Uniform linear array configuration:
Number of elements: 32
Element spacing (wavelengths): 0.5
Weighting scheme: blackman
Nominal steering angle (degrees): -30
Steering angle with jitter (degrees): -30.828
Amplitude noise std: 0.05
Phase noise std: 0.05

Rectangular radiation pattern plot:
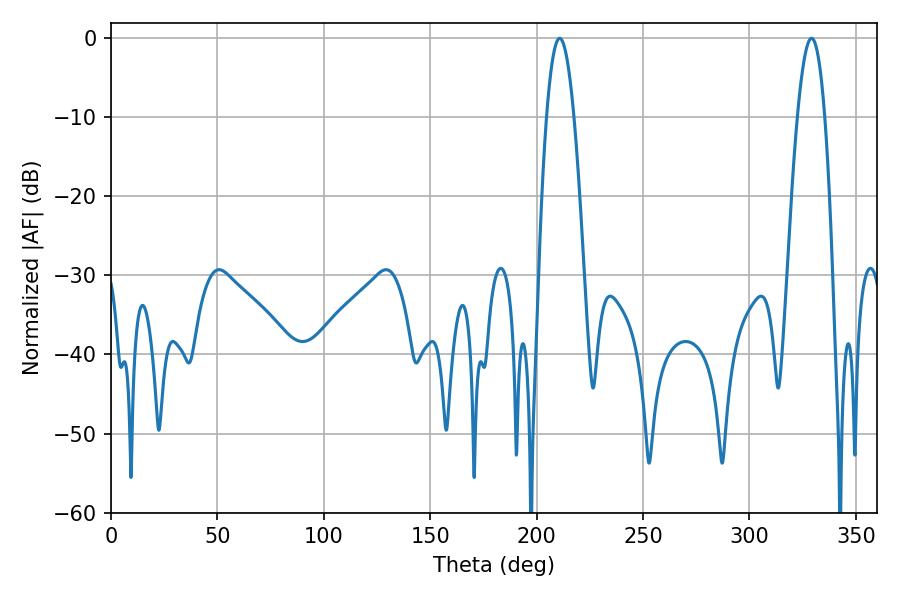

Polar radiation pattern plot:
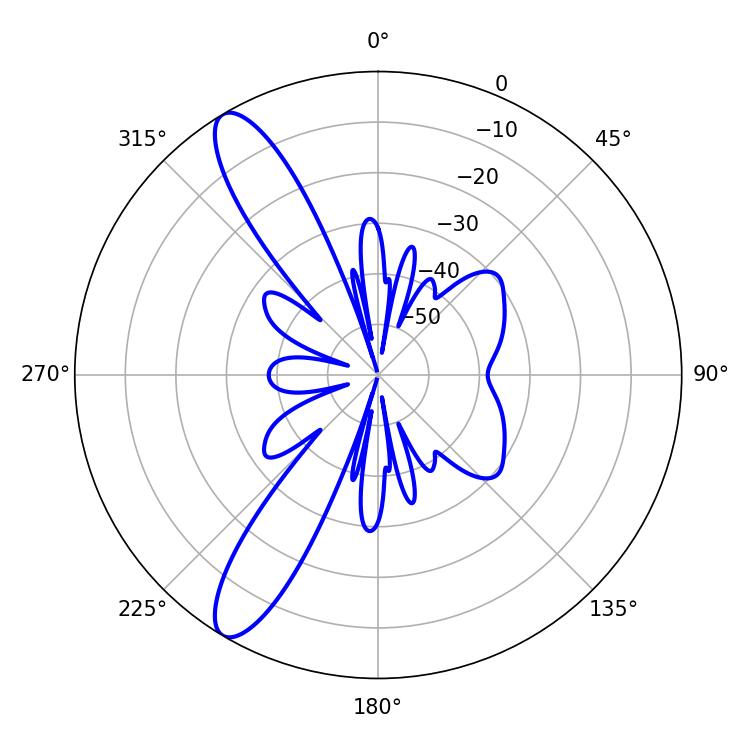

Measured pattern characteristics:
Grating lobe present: FALSE
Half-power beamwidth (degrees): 7.02
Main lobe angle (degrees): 210.78